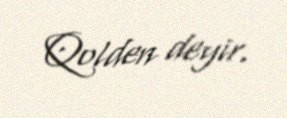
Qolden deyir.